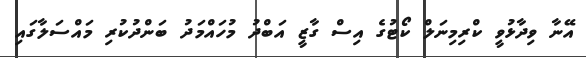
އޭނާ ވިދާޅުވީ ކްރިމިނަލް ކޯޓުގެ އިސް ގާޒީ އަބްދު މުހައްމަދު ބަންދުކުރި މައްސަލާގައި